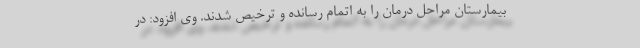
بیمارستان مراحل درمان را به اتمام رسانده و ترخیص شدند. وی افزود: در